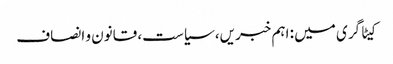
کیٹاگری میں : اہم خبریں، سیاست، قانون و انصاف